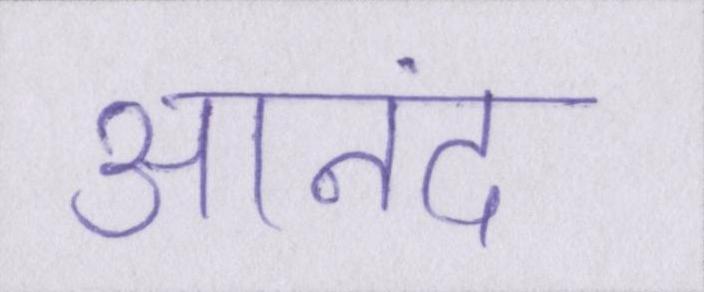
आनंद